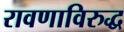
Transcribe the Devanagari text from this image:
रावणाविरुद्ध